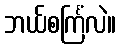
ဘယ်စင်္ကြံလဲ။